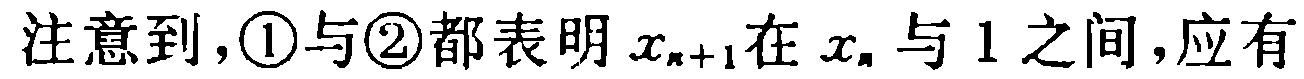
注意到，\textcircled{1}与\textcircled{2}都表明$x_{n + 1}$在$x_{n}$与$1$之间，应有